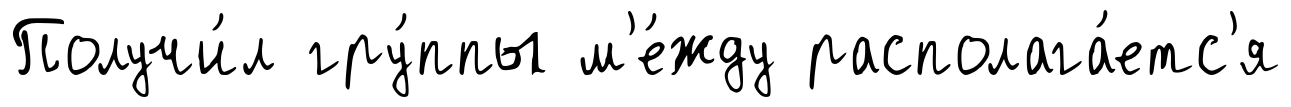
Получи́л гру́ппы м'е́жду располага́етс'я